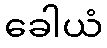
ခေါယံ